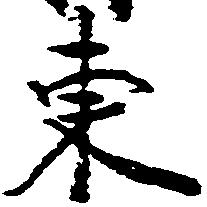
東